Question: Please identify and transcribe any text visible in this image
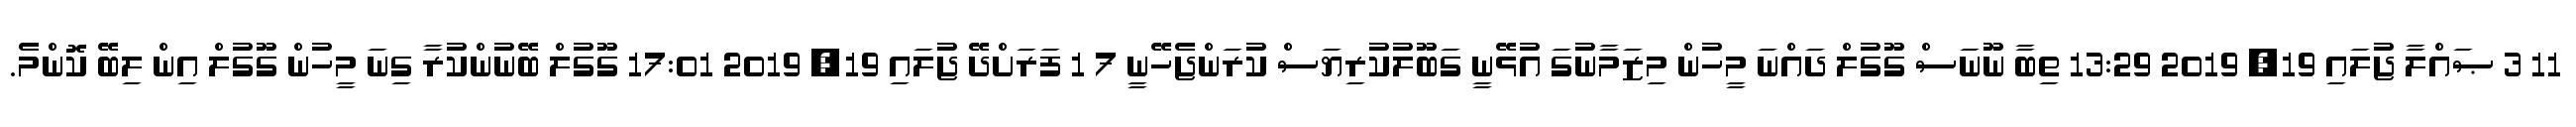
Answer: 11 3 ޞައްލާ ޖުލައި 19, 2019 13:29 ތިބާ ނޫނަސް ގޫގުލް ދައްނަ މީހުން މިޒަމާނުގަ އުޅޭނީ ގަބޫލުކުރިޔަސް ކުރަންޖެހޭނީ 7 1 ފަރަށްދޭ ޖުލައި 19, 2019 17:01 ގޫގުލް ބޭނުންކުރާ ގިނަ މީހުން ގޫގުލް އިން ލިބޭ ކޮންމެ.